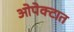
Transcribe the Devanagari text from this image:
ओपेक्टात